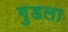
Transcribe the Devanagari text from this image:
गुडला